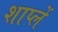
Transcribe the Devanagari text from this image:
शाप्लें